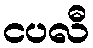
ငပလီ